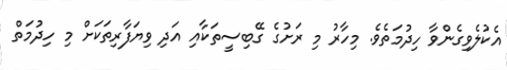
އެކުލެވިގެންވާ ހިދުމަތެވެ. މިހާރު މި ރަށުގެ ގޭބިސީތަކާއި އަދި ވިޔަފާރިތަކަށް މި ހިދުމަތް